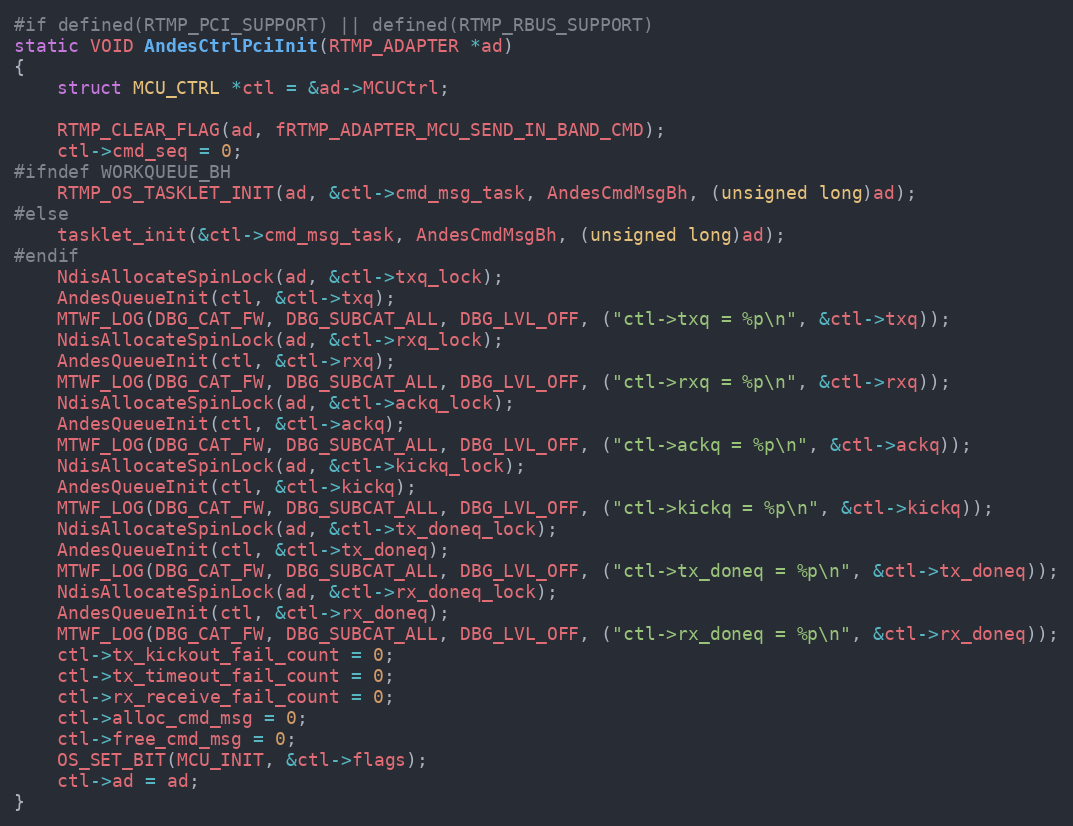
Language: C
#if defined(RTMP_PCI_SUPPORT) || defined(RTMP_RBUS_SUPPORT)
static VOID AndesCtrlPciInit(RTMP_ADAPTER *ad)
{
	struct MCU_CTRL *ctl = &ad->MCUCtrl;

	RTMP_CLEAR_FLAG(ad, fRTMP_ADAPTER_MCU_SEND_IN_BAND_CMD);
	ctl->cmd_seq = 0;
#ifndef WORKQUEUE_BH
	RTMP_OS_TASKLET_INIT(ad, &ctl->cmd_msg_task, AndesCmdMsgBh, (unsigned long)ad);
#else
	tasklet_init(&ctl->cmd_msg_task, AndesCmdMsgBh, (unsigned long)ad);
#endif
	NdisAllocateSpinLock(ad, &ctl->txq_lock);
	AndesQueueInit(ctl, &ctl->txq);
	MTWF_LOG(DBG_CAT_FW, DBG_SUBCAT_ALL, DBG_LVL_OFF, ("ctl->txq = %p\n", &ctl->txq));
	NdisAllocateSpinLock(ad, &ctl->rxq_lock);
	AndesQueueInit(ctl, &ctl->rxq);
	MTWF_LOG(DBG_CAT_FW, DBG_SUBCAT_ALL, DBG_LVL_OFF, ("ctl->rxq = %p\n", &ctl->rxq));
	NdisAllocateSpinLock(ad, &ctl->ackq_lock);
	AndesQueueInit(ctl, &ctl->ackq);
	MTWF_LOG(DBG_CAT_FW, DBG_SUBCAT_ALL, DBG_LVL_OFF, ("ctl->ackq = %p\n", &ctl->ackq));
	NdisAllocateSpinLock(ad, &ctl->kickq_lock);
	AndesQueueInit(ctl, &ctl->kickq);
	MTWF_LOG(DBG_CAT_FW, DBG_SUBCAT_ALL, DBG_LVL_OFF, ("ctl->kickq = %p\n", &ctl->kickq));
	NdisAllocateSpinLock(ad, &ctl->tx_doneq_lock);
	AndesQueueInit(ctl, &ctl->tx_doneq);
	MTWF_LOG(DBG_CAT_FW, DBG_SUBCAT_ALL, DBG_LVL_OFF, ("ctl->tx_doneq = %p\n", &ctl->tx_doneq));
	NdisAllocateSpinLock(ad, &ctl->rx_doneq_lock);
	AndesQueueInit(ctl, &ctl->rx_doneq);
	MTWF_LOG(DBG_CAT_FW, DBG_SUBCAT_ALL, DBG_LVL_OFF, ("ctl->rx_doneq = %p\n", &ctl->rx_doneq));
	ctl->tx_kickout_fail_count = 0;
	ctl->tx_timeout_fail_count = 0;
	ctl->rx_receive_fail_count = 0;
	ctl->alloc_cmd_msg = 0;
	ctl->free_cmd_msg = 0;
	OS_SET_BIT(MCU_INIT, &ctl->flags);
	ctl->ad = ad;
}